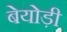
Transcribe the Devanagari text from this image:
बेयोड़ी